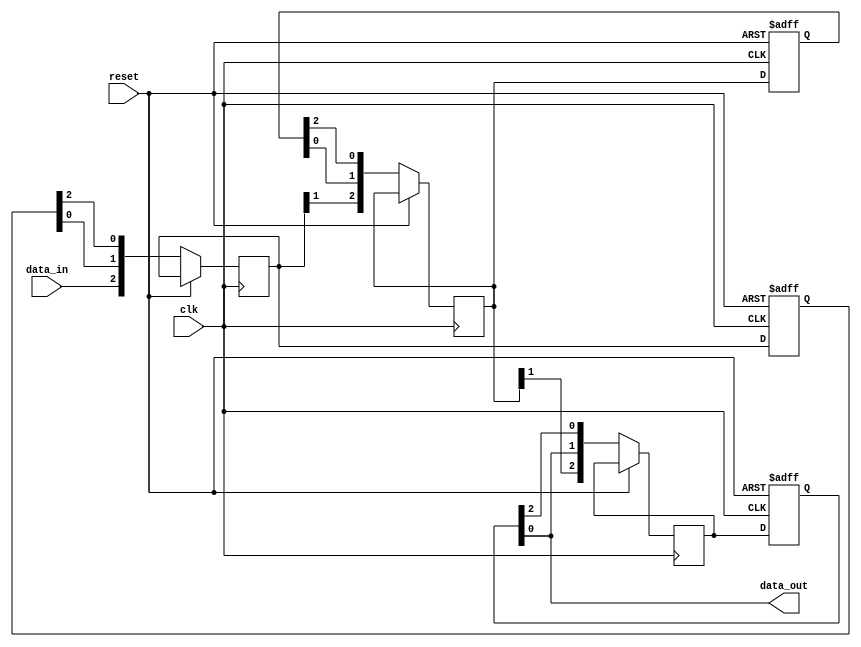
module cascade_synchronizer (
    input wire clk,
    input wire reset,
    input wire data_in,
    output wire data_out
);

reg [2:0] stages [0:2];
reg [2:0] next_stages [0:2];

always @ (posedge clk or posedge reset) begin
    if (reset) begin
        stages[0] <= 3'b000;
        stages[1] <= 3'b000;
        stages[2] <= 3'b000;
    end else begin
        next_stages[0][0] <= stages[0][2];
        next_stages[1][0] <= stages[1][2];
        next_stages[2][0] <= stages[2][2];
        
        next_stages[0][1] <= stages[0][0];
        next_stages[1][1] <= stages[1][0];
        next_stages[2][1] <= stages[2][0];
        
        next_stages[0][2] <= data_in;
        next_stages[1][2] <= next_stages[0][1];
        next_stages[2][2] <= next_stages[1][1];
        
        stages[0] <= next_stages[0];
        stages[1] <= next_stages[1];
        stages[2] <= next_stages[2];
    end
end

assign data_out = stages[2][0];

endmodule